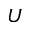
U